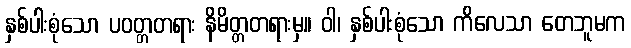
နှစ်ပါးစုံသော ပဝတ္တတရား နိမိတ္တတရားမှ။ ဝါ၊ နှစ်ပါးစုံသော ကိလေသာ တေဘူမက